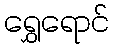
ရွှေရောင်